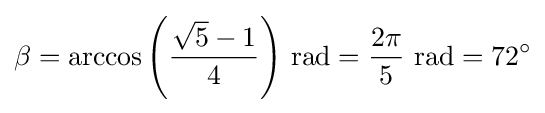
\beta =\arccos \left({\frac {{\sqrt {5}}-1}{4}}\right)\,{\text{rad}}={2\pi  \over 5}~{\text{rad}}=72^{\circ }